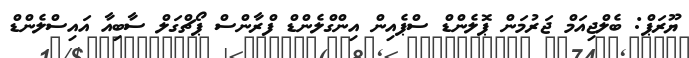
ޔޫރަޕް: ބެލްޖިއަމް ޖަރުމަން ޕޮލެންޑް ސްޕެއިން އިންގްލެންޑް ފްރާންސް ޕޯޗްގަލް ސާބިއާ އައިސްލެންޑް